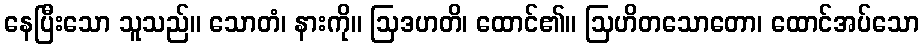
နေပြီးသော သူသည်။ သောတံ၊ နားကို။ ဩဒဟတိ၊ ထောင်၏။ ဩဟိတသောတော၊ ထောင်အပ်သော